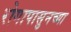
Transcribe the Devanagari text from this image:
रोगापासुनच्या